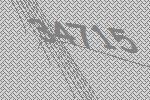
34715